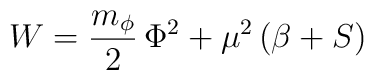
W=\frac{m_\phi}{2}\,\Phi^2+\mu^2\left(\beta+S\right)